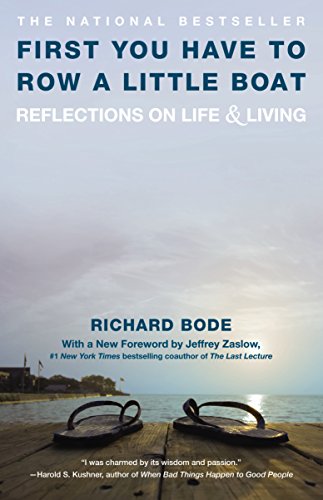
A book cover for First You Have to Row a Little Boat: Reflections on Life & Living; Richard Bode; Sports & Outdoors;